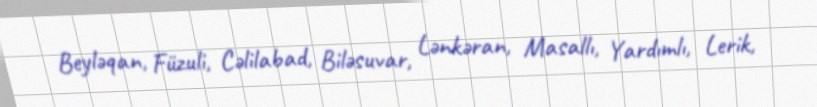
Beyləqan, Füzuli, Cəlilabad, Biləsuvar, Lənkəran, Masallı, Yardımlı, Lerik,